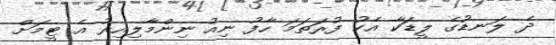
ދެ ލަނޑުގެ ލީޑަކާ އެކު ފުރަތަމަ ހާފު ނިއު ނިންމާލިއިރު އެ ޓީމަށް